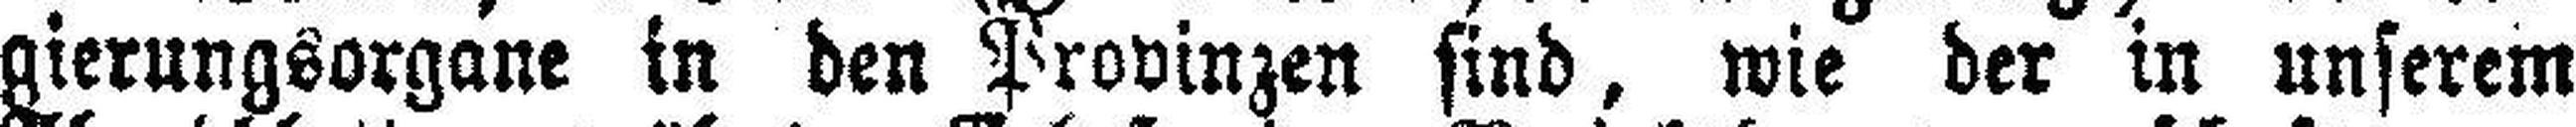
gierungsorgane in den Provinzen sind, wie der in unserem